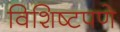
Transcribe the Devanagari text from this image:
विशिष्टपणे